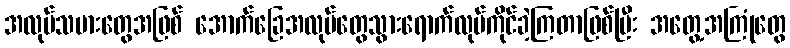
အလုပ်သမားတွေအဖြစ် အောက်ခြေအလုပ်တွေသွားရောက်လုပ်ကိုင်ခဲ့ကြတာဖြစ်ပြီး အတွေ့အကြုံတွေ